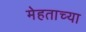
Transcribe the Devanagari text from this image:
मेहताच्या